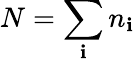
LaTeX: N=\sum_{\mathbf{i}}n_{\mathbf{i}}